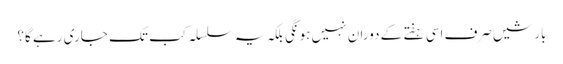
بارشیں صرف اسی ہفتے کے دوران نہیں ہونگی بلکہ یہ سلسلہ کب تک جاری رہے گا؟